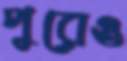
পুরেও